Leaving Certificate Examination (including Day School Certificate (Higher) General paper), 1929
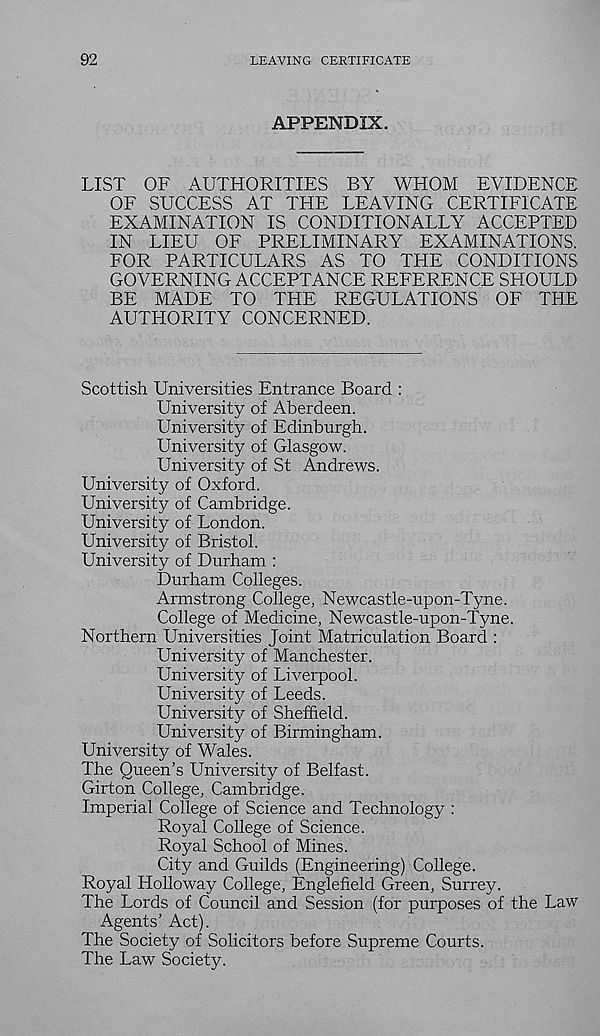
92
LEAVING CERTIFICATE
APPENDIX.
LIST OF AUTHORITIES BY WHOM EVIDENCE
OF SUCCESS AT THE LEAVING CERTIFICATE
EXAMINATION IS CONDITIONALLY ACCEPTED
IN LIEU OF PRELIMINARY EXAMINATIONS.
FOR PARTICULARS AS TO THE CONDITIONS
GOVERNING ACCEPTANCE REFERENCE SHOULD
BE MADE TO THE REGULATIONS OF THE
AUTHORITY CONCERNED.
Scottish Universities Entrance Board :
University of Aberdeen.
University of Edinburgh.
University of Glasgow.
University of St Andrews.
University of Oxford.
University of Cambridge.
University of London.
University of Bristol.
University of Durham :
Durham Colleges.
Armstrong College, Newcastle-upon-Tyne.
College of Medicine, Newcastle-upon-Tyne.
Northern Universities Joint Matriculation Board :
University of Manchester.
University of Liverpool.
University of Leeds.
University of Sheffield.
University of Birmingham.
University of Wales.
The Queen’s University of Belfast.
Girt on College, Cambridge.
Imperial College of Science and Technology :
Royal College of Science.
Royal School of Mines.
City and Guilds (Engineering) College.
Royal Holloway College, Englefield Green, Surrey.
The Lords of Council and Session (for purposes of the Law
Agents’ Act).
The Society of Solicitors before Supreme Courts.
The Law Society.